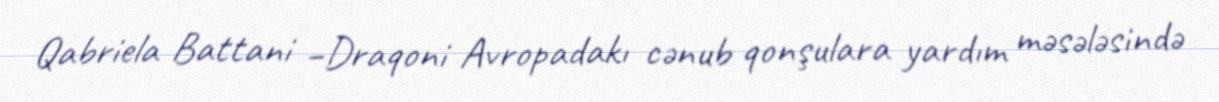
Qabriela Battani –Draqoni Avropadakı cənub qonşulara yardım məsələsində